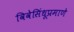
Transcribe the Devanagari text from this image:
विवेसिंधूप्रमाणे